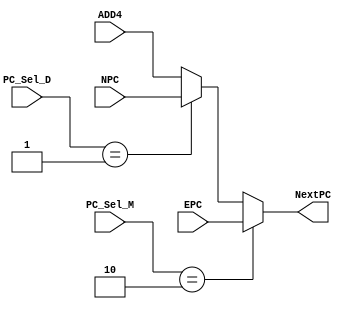
// This program was cloned from: https://github.com/SilenceX12138/MIPS-Microsystems
// License: MIT License

module MUX_PC(PC_Sel_D,PC_Sel_M,ADD4,NPC,EPC,NextPC);
//interface
	input [31:0] PC_Sel_D;
	input [31:0] PC_Sel_M;
	
	input [31:0] ADD4;
	input [31:0] NPC;
	input [31:0] EPC;
	
	output reg [31:0] NextPC;	//real NPC to output

//select logic
	parameter ADD4_NPC=0,
			  NPC_NPC=1,
			  CP0_EPC=2;
	
	always @(*)
		begin
			NextPC=ADD4;				//avoid latch
			if(PC_Sel_M==2)NextPC=EPC;	//i.e. eret is at MEM
			else
				begin
					case(PC_Sel_D)		//not jump until eret at MEM
						ADD4_NPC:NextPC=ADD4;
						NPC_NPC:NextPC=NPC;
					endcase
				end
		end
	
endmodule

module MUX_ALU_B(ALU_B_Sel,RT,Ext,B);
//interface
	input [31:0] ALU_B_Sel;
	
	input [31:0] RT;
	input [31:0] Ext;
	
	output reg [31:0] B;
	
//select logic
	always @(*)
		begin
			B=RT;
			case(ALU_B_Sel)
				0:B=RT;
				1:B=Ext;
			endcase
		end

endmodule

module MUX_RF_A3(RF_A3_Sel,Ins,A3);
//interface
	input [31:0] RF_A3_Sel;

	input [31:0] Ins;
	
	output reg [4:0] A3;
	
//select logic
	always @(*)
		begin
			A3=Ins[20:16];
			case(RF_A3_Sel)
				0:A3=Ins[20:16];	//RT
				1:A3=Ins[15:11];	//RD
				2:A3=32'd31;		//0x31
			endcase
		end
	
endmodule

module MUX_RF_WD(RF_WD_Sel,AO,RD,PC8,HI,LO,CP0_RD,RF_WD);
//interface
	input [31:0] RF_WD_Sel;

	input [31:0] AO;
	input [31:0] RD;
	input [31:0] PC8;
	input [31:0] HI;
	input [31:0] LO;
	input [31:0] CP0_RD;

//select logic
	output reg [31:0] RF_WD;

	always @(*)
		begin
			RF_WD=AO;
			case(RF_WD_Sel)
				0:RF_WD=AO;		//ALU.RST
				1:RF_WD=RD;		//DM.RD
				2:RF_WD=PC8;	//PC8
				3:RF_WD=HI;		//HI
				4:RF_WD=LO;		//LO
				5:RF_WD=CP0_RD;	//CP0.RD
			endcase
		end

endmodule

module MUX_RD_RAW(RD_RAW_Sel,DM_RD,Pr_RD,RD_RAW);
//interface
	input [31:0] RD_RAW_Sel;

	input [31:0] DM_RD;
	input [31:0] Pr_RD;

	output reg [31:0] RD_RAW;

//select logic
	always @(*)
		begin
			case(RD_RAW_Sel)
				0:RD_RAW=DM_RD;
				1:RD_RAW=Pr_RD;
			endcase
		end
endmodule